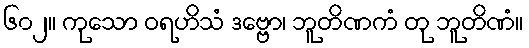
၆၀၂။ ကုသော ဝရဟိသံ ဒဗ္ဗော၊ ဘူတိဏကံ တု ဘူတိဏံ။